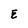
Character: E